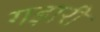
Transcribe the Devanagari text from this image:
गड़ारी